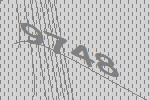
9748